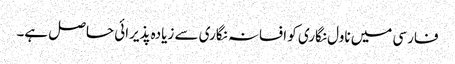
فارسی میں ناول نگاری کو افسانہ نگاری سے زیادہ پذیرائی حاصل ہے۔